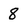
Character: 8